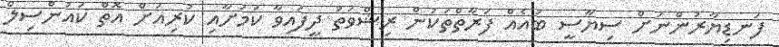
ފަނޑިޔާރުންނަށް ސިޔާސީ ބައެއް ފަރާތްތަކުން ރިޝްވަތު ދީފައިވާ ކަމަށާއި ކުރިއަށް އޮތް ކައުންސިލް